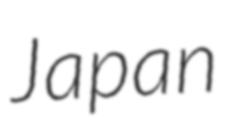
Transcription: Japan